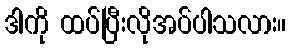
ဒါကို ထပ်ပြီးလိုအပ်ပါသလား။